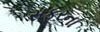
સફરના